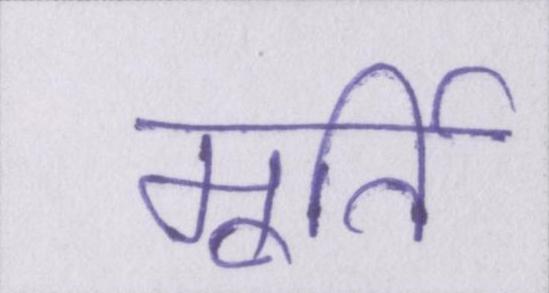
मूर्ति